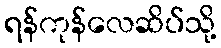
ရန်ကုန်လေဆိပ်သို့